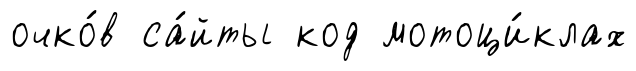
очко́в са́йты код мотоци́клах